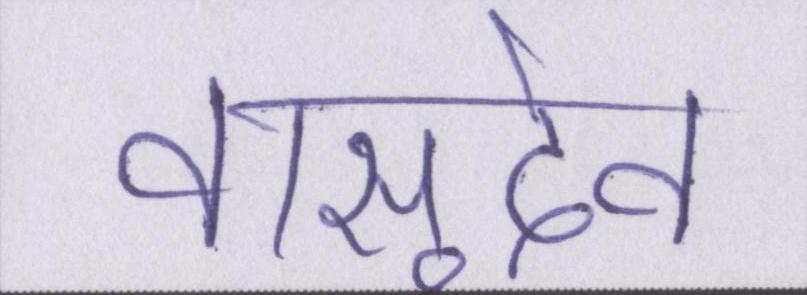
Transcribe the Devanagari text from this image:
वासुदेव